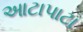
આટાપાટા